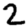
Digit: 2